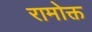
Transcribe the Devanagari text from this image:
रामोक्त